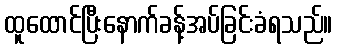
ထူထောင်ပြီးနောက်ခန့်အပ်ခြင်းခံရသည်။